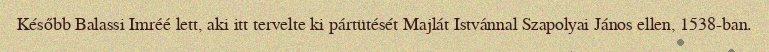
Később Balassi Imréé lett, aki itt tervelte ki pártütését Majlát Istvánnal Szapolyai János ellen, 1538-ban.